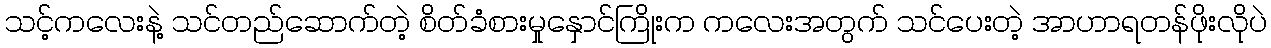
သင့်ကလေးနဲ့ သင်တည်ဆောက်တဲ့ စိတ်ခံစားမှုနှောင်ကြိုးက ကလေးအတွက် သင်ပေးတဲ့ အာဟာရတန်ဖိုးလိုပဲ